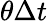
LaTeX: \theta\Delta t